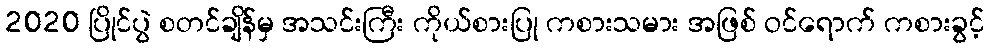
2020 ပြိုင်ပွဲ စတင်ချိန်မှ အသင်းကြီး ကိုယ်စားပြု ကစားသမား အဖြစ် ဝင်ရောက် ကစားခွင့်